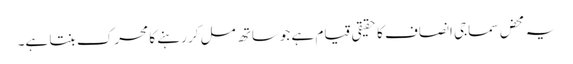
یہ محض سماجی انصاف کا حقیقی قیام ہے جوساتھ مل کر رہنے کا محرک بنتا ہے۔